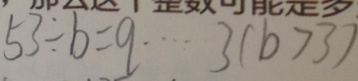
5 3 \div b = q \cdots 3 ( b > 3 )